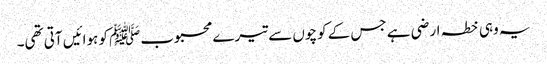
یہ وہی خطہ ارضی ہے جس کے کوچوں سے تیرے محبوبﷺ کو ہوائیں آتی تھی۔